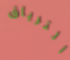
الترياق